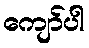
ကျော်ပါ